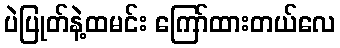
ပဲပြုတ်နဲ့ထမင်း ကြော်ထားတယ်လေ